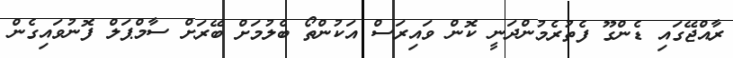
ރާއްޖޭގައި ޑެންގޫ ފެތުރެމުންދަނީ ކޮން ވައިރަސް އަކުންތޯ ބެލުމަށް ބޭރަށް ސާމްޕަލް ފޮނުވައިގެން